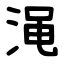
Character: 渑